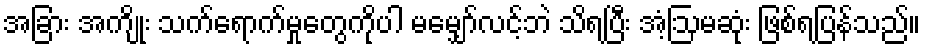
အခြား အကျိုး သက်ရောက်မှုတွေကိုပါ မမျှော်လင့်ဘဲ သိရပြီး အံ့ဩမဆုံး ဖြစ်ရပြန်သည်။